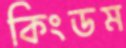
কিংডম